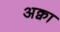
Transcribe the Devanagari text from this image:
अक्वा